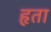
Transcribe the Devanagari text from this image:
हृता